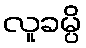
လူခမ္ပိ